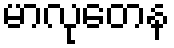
မာလုတေန